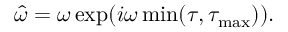
\hat { \omega } = \omega \exp ( i \omega \operatorname* { m i n } ( \tau , \tau _ { \mathrm { m a x } } ) ) .